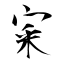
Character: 宷